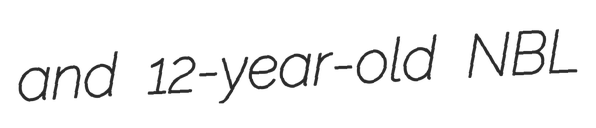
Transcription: and 12-year-old NBL